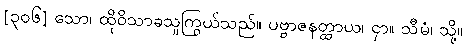
[၃၀၆] သော၊ ထိုဝိသာခသူကြွယ်သည်။ ပဗ္ဗာဇနတ္ထာယ၊ ငှာ။ သီမံ၊ သို့။